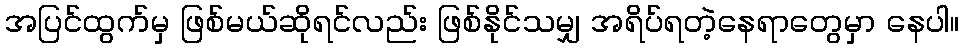
အပြင်ထွက်မှ ဖြစ်မယ်ဆိုရင်လည်း ဖြစ်နိုင်သမျှ အရိပ်ရတဲ့နေရာတွေမှာ နေပါ။